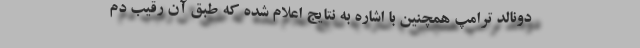
دونالد ترامپ همچنین با اشاره به نتایج اعلام شده که طبق آن رقیب دم